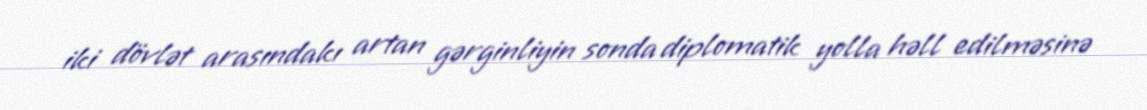
iki dövlət arasındakı artan gərginliyin sonda diplomatik yolla həll edilməsinə